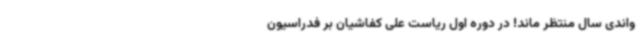
‌واندی سال منتظر ماند! در دوره اول ریاست علی کفاشیان بر فدراسیون